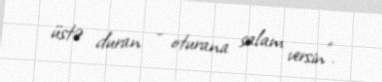
üstə duran - oturana salam versin”.